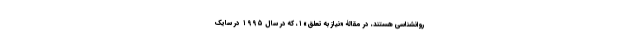
روانشناسی هستند، در مقالۀ «نیاز به تعلق»۱، که در سال ۱۹۹۵ در سایک